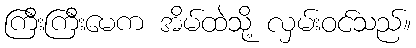
ကြီးကြီးမေက အိမ်ထဲသို့ လှမ်းဝင်သည်။